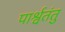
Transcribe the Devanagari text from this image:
पार्श्वतंतु